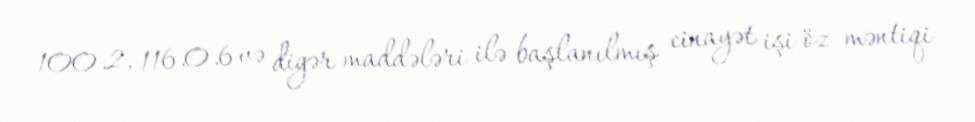
100.2, 116.0.6 və digər maddələri ilə başlanılmış cinayət işi öz məntiqi